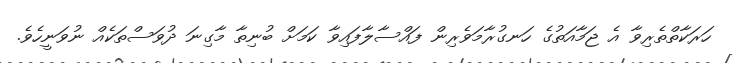
ހަރަކާތްތެރިވާ އެ ޖަމާއަތުގެ ހަނގުރާމަވެރިން ފައްސާލާފައިވާ ކަމަށް ބުނިތާ މާގިނަ ދުވަސްތަކެއް ނުވަނީހެވެ.